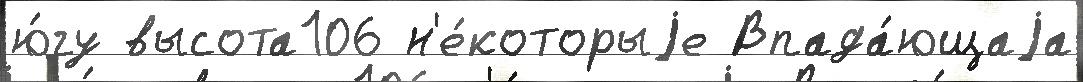
ю́гу высота106 н'е́которыjе Впада́ющаjа